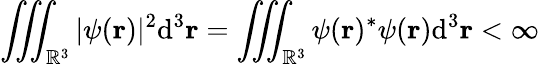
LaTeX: \iiint_{\mathbb{R}^{3}}|\psi(\mathbf{r})|^{2}\mathrm{{d}}^{3}\mathbf{r}=\iiint_{\mathbb{R}^{3}}\psi(\mathbf{r})^{*}\psi(\mathbf{r})\mathrm{{d}}^{3}\mathbf{r}<\infty